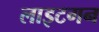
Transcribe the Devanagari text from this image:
लाइटगन